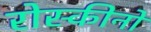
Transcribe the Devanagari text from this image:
रोस्कीनो